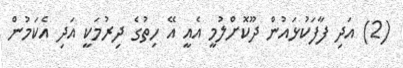
(2) އަދި ފާފަކުޅައުން ދޫކޮށްލުމީ އެއީ އޭ ހިތުގެ ދިރުމަކީ އަދި އެކަމުން